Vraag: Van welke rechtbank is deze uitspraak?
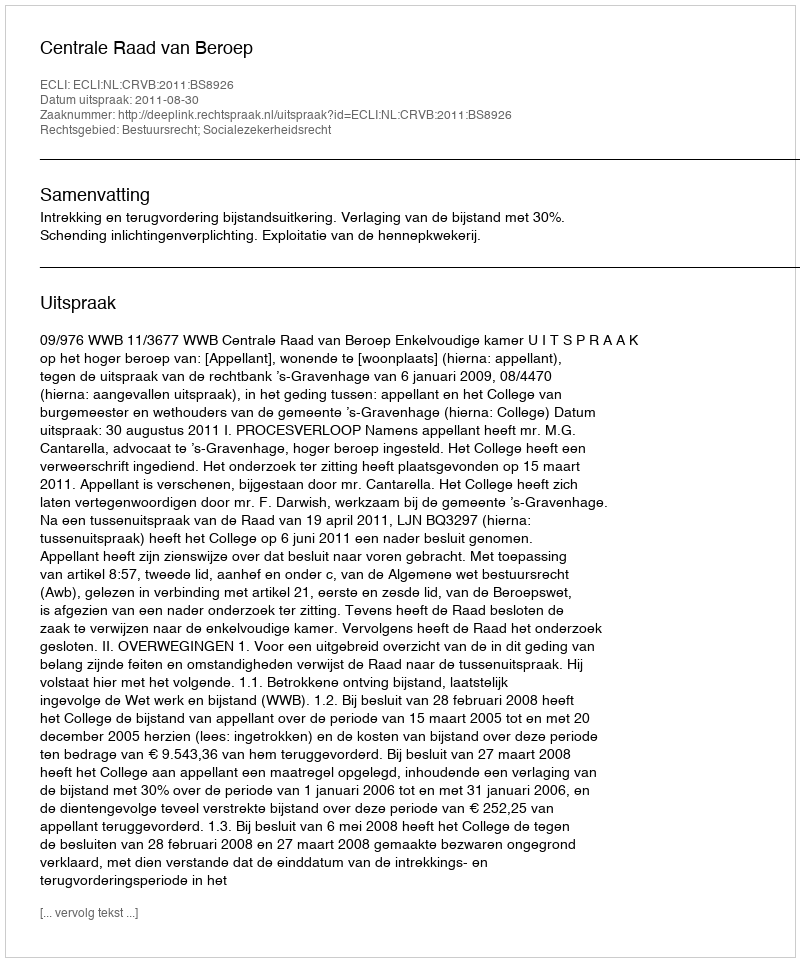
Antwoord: Centrale Raad van Beroep